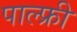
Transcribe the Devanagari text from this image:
पाल्फ्री